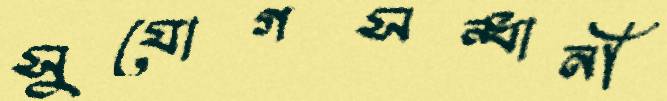
সুযোগসন্ধানী